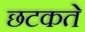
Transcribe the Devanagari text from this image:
छटकते